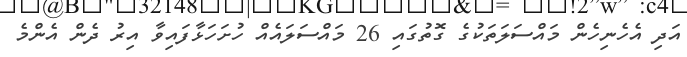
އަދި އެހެނިހެން މައްސަލަތަކުގެ ގޮތުގައި 26 މައްސަލައެއް ހުށަހަޅާފައިވާ އިރު ދެން އެންމެ